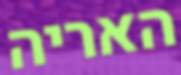
האריה